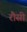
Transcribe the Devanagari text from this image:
रौसी